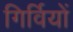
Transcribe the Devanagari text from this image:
गिर्वियों